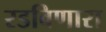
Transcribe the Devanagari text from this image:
रडविणारा